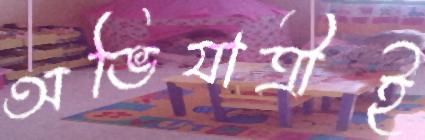
অভিযাত্রীই